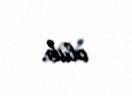
olub.